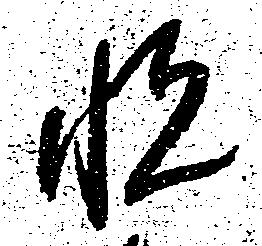
悦